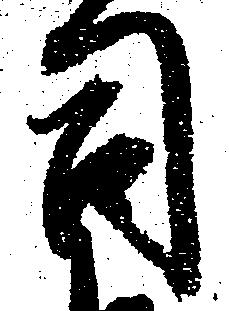
司